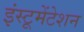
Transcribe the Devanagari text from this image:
इंस्‍टूमेंटेशन